Scientific memoirs by medical officers of the Army of India - Part XII,
Year: 1901
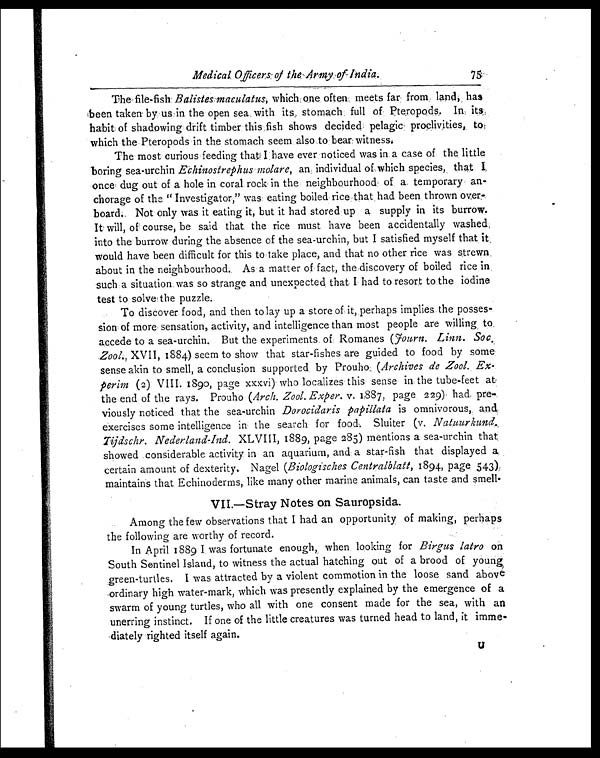
Medical Officers of the Army of India.
75
The file-fish Balistes maculatus, which one often meets far from land, has
been taken by us in the open sea with its, stomach full of P teropods. In its
habit of shadowing drift timber this fish shows decided pelagic proclivities, to
which the Pteropods in the stomach seem also to bear witness.
The most curious feeding that I have ever noticed was in a case of the little
boring sea-urchin Echinostrephus molare, an individual of which species, that I
once dug out of a hole in coral rock in the neighbourhood of a temporary an-
chorage of the "Investigator," was eating boiled rice that had been thrown over-
board. Not only was it eating it, but it had stored up a supply in its burrow.
It will, of course, be said that, the rice must have been accidentally washed
into the burrow during the absence of the sea-urchin, but I satisfied myself that it
would have been difficult for this to take place, and that no other rice was strewn
about in the neighbourhood. As a matter of fact, the discovery of boiled rice in
such a situation was so strange and unexpected that I had to resort to the iodine
test to solve the puzzle.
To discover food, and then to lay up a store of it, perhaps implies the posses
sion of more sensation, activity, and intelligence than most people are willing to
accede to a sea-urchin. But the experiments of Romanes ( Journ. Linn. Soc.
Zool., XVII, 1884) seem to show that star-fishes are guided to food by some
sense akin to smell, a conclusion supported by Prouho ( Archives de Zool. Ex
-perim (2) VIII. 1890, page xxxvi) who localizes this sense in the tube-feet at
the end of the rays. Prouho ( Arch. Zool. Exper. v. 1887, page 229) had pre
viously noticed that the sea-urchin Dorocidaris papillata is omnivorous, and
exercises some intelligence in the search for food. Sluiter (v. Natuurkund.
Tijdschr. Nederland-Ind. XLVIII, 1889, page 285) mentions a sea-urchin that
showed considerable activity in an aquarium, and a star-fish that displayed a
certain amount of dexterity. Nagel ( Biologisches Centralblatt, 1894, page. 543)
maintains that Echinoderms, like many other marine animals, can taste and smell
.
VII.—Stray Notes on Sauropsida.
Among the few observations that I had an opportunity of making, perhaps
the following are worthy of record.
In April 1889 I was fortunate enough, when looking for Birgus latro on
South Sentinel Island, to witness the actual hatching out of a brood of young
green-turtles. I was attracted by a violent commotion in the loose sand above
ordinary high water-mark, which was presently explained by the emergence of a
swarm of young turtles, who all with one consent made for the sea, with an
unerring instinct. If one of the little creatures was turned head to land, it imme-
diately righted itself again.
U